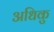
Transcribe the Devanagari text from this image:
अधिकु